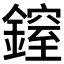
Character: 𨫐